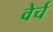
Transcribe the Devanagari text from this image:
वेर्च